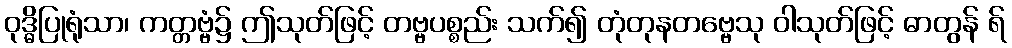
ဝုဒ္ဓိပြုရုံသာ၊ ကတ္တဗ္ဗံ၌ ဤသုတ်ဖြင့် တဗ္ဗပစ္စည်း သက်၍ တုံတုနတဗ္ဗေသု ဝါသုတ်ဖြင့် ဓာတွန် ရ်